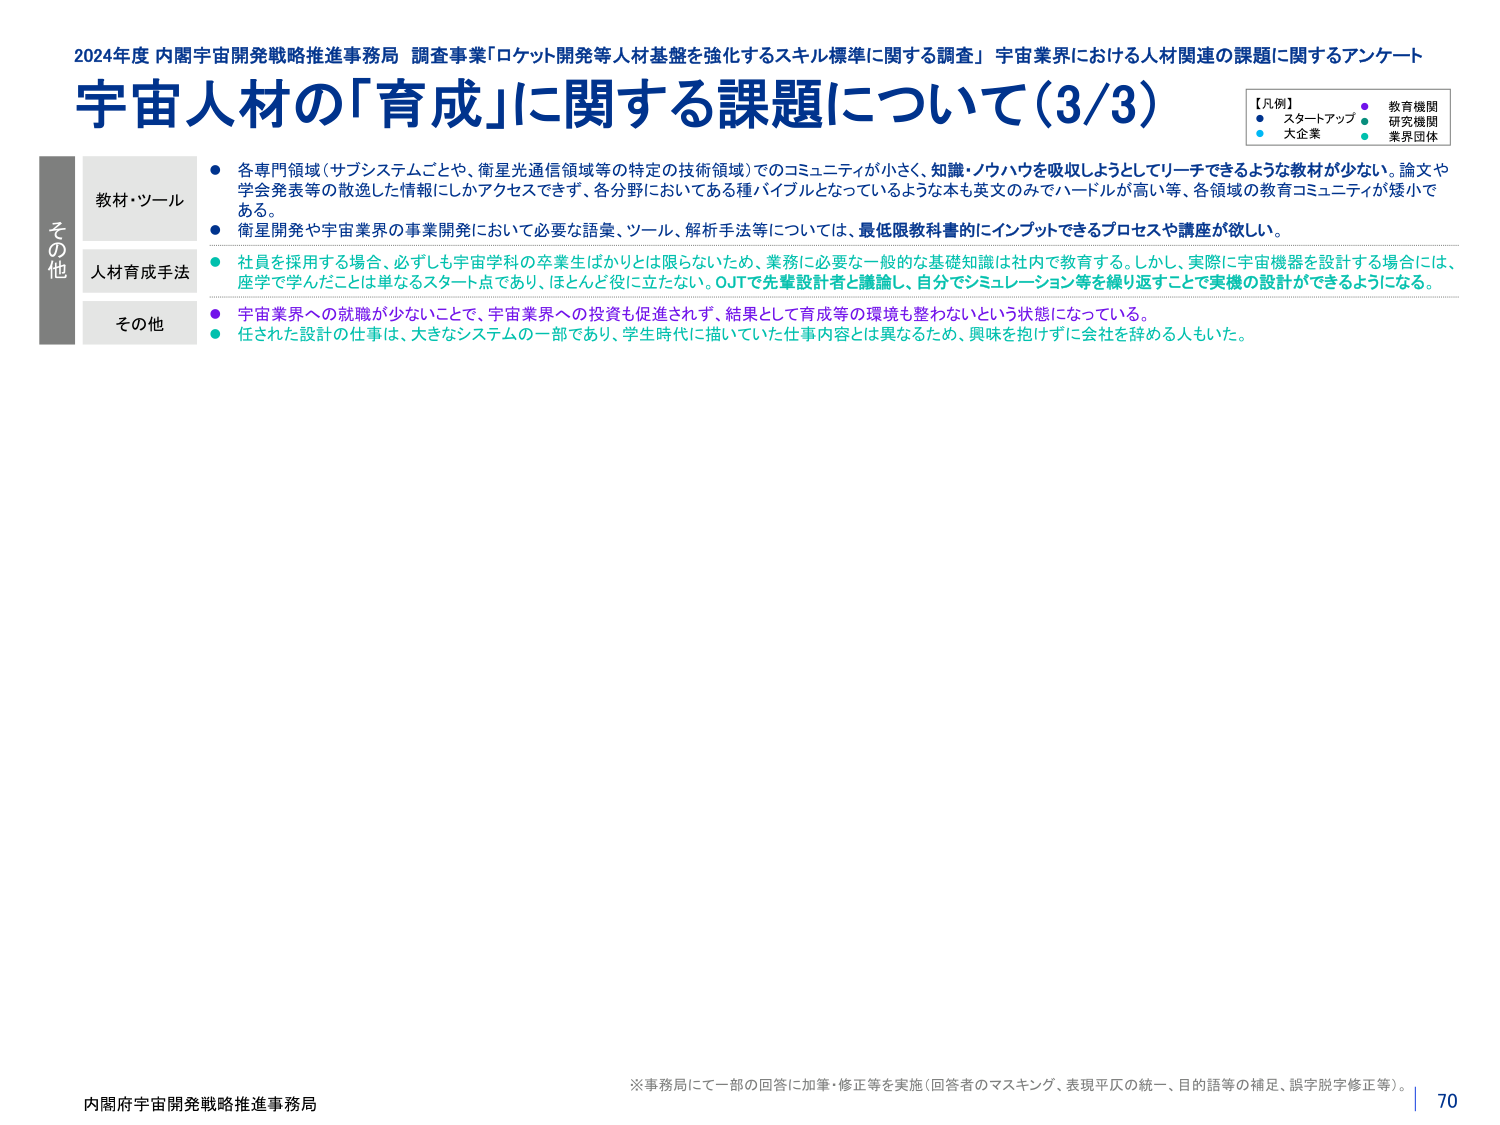
2024年度 内閣宇宙開発戦略推進事務局 調査事業「ロケット開発等人材基盤を強化するスキル標準に関する調査」 宇宙業界における人材関連の課題に関するアンケート
宇宙人材の「育成」に関する課題について（3/3）

【凡例】
● スタートアップ ● 教育機関
● 大企業 ● 研究機関
● 業界団体

その他
教材・ツール
人材育成手法
その他

● 各専門領域（サブシステムごとや、衛星光通信領域等の特定の技術領域）でのコミュニティが小さく、知識・ノウハウを吸収しようとしてリーチできるような教材が少ない。論文や学会発表等の散逸した情報にしかアクセスできず、各分野においてある種バイブルとなっているような本も英文のみでハードルが高い等、各領域の教育コミュニティが矮小である。
● 衛星開発や宇宙業界の事業開発において必要な語彙、ツール、解析手法等については、最低限教科書的にインプットできるプロセスや講座が欲しい。
● 社員を採用する場合、必ずしも宇宙学科の卒業生ばかりとは限らないため、業務に必要な一般的な基礎知識は社内で教育する。しかし、実際に宇宙機器を設計する場合には、座学で学んだことは単なるスタート点であり、ほとんど役に立たない。OJTで先輩設計者と議論し、自分でシミュレーション等を繰り返すことで実機の設計ができるようになる。
● 宇宙業界への就職が少ないことで、宇宙業界への投資も促進されず、結果として育成等の環境も整わないという状態になっている。
● 任された設計の仕事は、大きなシステムの一部であり、学生時代に描いていた仕事内容とは異なるため、興味を抱けずに会社を辞める人もいた。

※事務局にて一部の回答に加筆・修正等を実施（回答者のマスキング、表現平仄の統一、目的語等の補足、誤字脱字修正等）。
内閣府宇宙開発戦略推進事務局
70